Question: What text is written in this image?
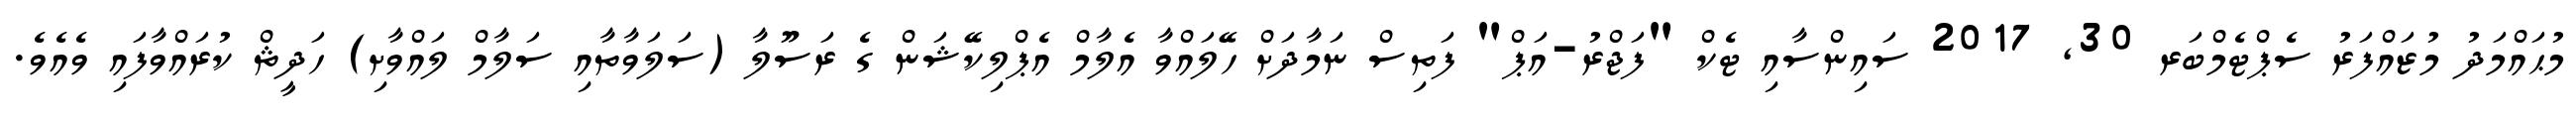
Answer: މުޙައްމަދު މުޒައްފަރު ސެޕްޓެމްބަރ 30, 2017 ސައިންސާއި ޓެކް "ފަޖްރު-އަޕް" ފަތިސް ނަމާދަށް ހޭލައްވާ އެލާމް އެޕްލިކޭޝަން ގެ ރަސޫލާ (ސަލަވާތާއި ސަލާމް ލައްވާށި) ހަދީޘް ކުރައްވާފައި ވެއެވެ.